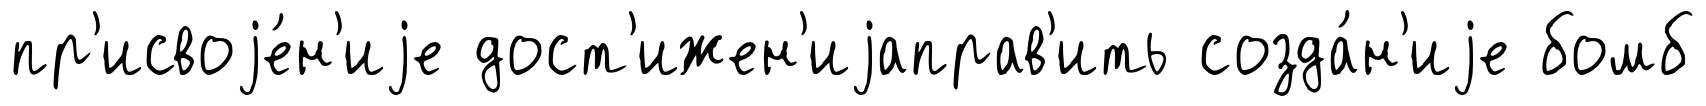
пр'исвоjе́н'иjе дост'ижен'иjаправ'ить созда́н'иjе бомб